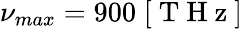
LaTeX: \nu_{max}=900\; [\mathrm{~T~H~z~}]